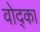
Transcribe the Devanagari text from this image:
वोद्का